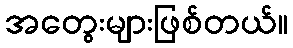
အတွေးများဖြစ်တယ်။